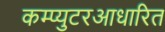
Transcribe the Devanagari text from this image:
कम्प्युटरआधारित